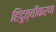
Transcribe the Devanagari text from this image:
हिंदुत्वीकरण